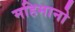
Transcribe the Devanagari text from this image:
महिमानो